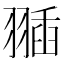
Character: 𦑣